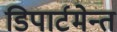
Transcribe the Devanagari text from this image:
डिपार्टमेन्त